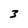
Character: 3